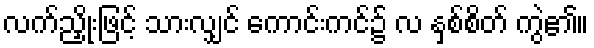
လက်ညှိုးဖြင့် သားလျှင် ကောင်းကင်၌ လ နှစ်စိတ် ကွဲ၏။